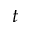
t